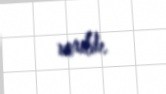
verilib.